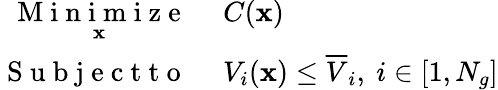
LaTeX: \begin{array}{rl}{\underset{\mathbf{x}}{\mathrm{~M~i~n~i~m~i~z~e~}}}&{{}~C(\mathbf{x})}\\ {\mathrm{~S~u~b~j~e~c~t~t~o~}}&{{}~V_{i}(\mathbf{x})\le\overline{{V}}_{i},~i\in[1,N_{g}]}\end{array}